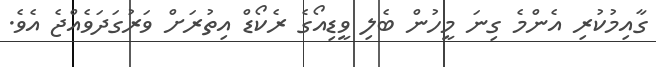
ގާއިމުކުރި އެންމެ ގިނަ މީހުން ބެލި ވީޑިއޯގެ ރެކޯޑް އިތުރަށް ވަރުގަދަވެއްޖެ އެވެ.